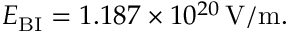
E _ { \mathrm { { B I } } } = 1 . 1 8 7 \times 1 0 ^ { 2 0 } \, \mathrm { V } / \mathrm { m } .